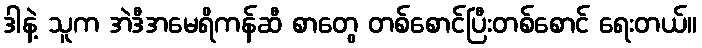
ဒါနဲ့ သူက အဲဒီအမေရိကန်ဆီ စာတွေ တစ်စောင်ပြီးတစ်စောင် ရေးတယ်။